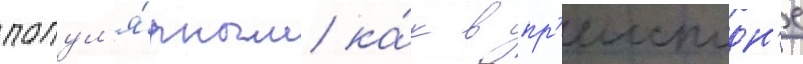
попул'я́рным ка́к в пр'еисподн'е